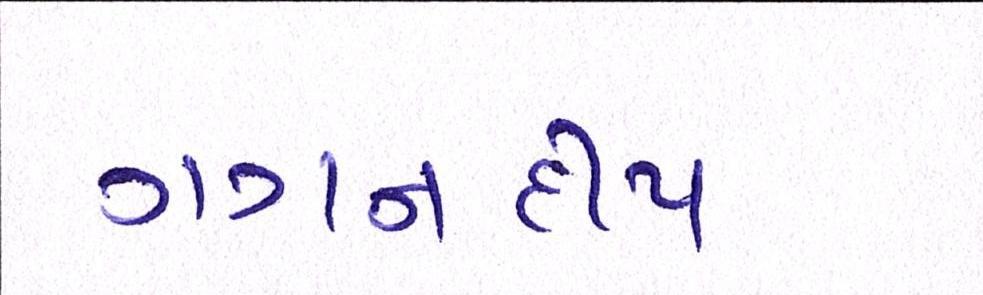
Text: ગગનદીપ